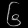
Digit: ၆